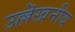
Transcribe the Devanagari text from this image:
उल्लॆखनीय